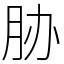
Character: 胁